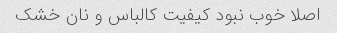
اصلا خوب نبود کیفیت کالباس و نان خشک